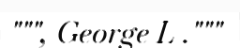
""", George L ."""